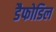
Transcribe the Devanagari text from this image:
डैफोडिल